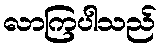
လာကြပါသည်